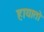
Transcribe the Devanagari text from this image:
हायातो